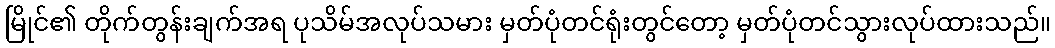
မြိုင်၏ တိုက်တွန်းချက်အရ ပုသိမ်အလုပ်သမား မှတ်ပုံတင်ရုံးတွင်တော့ မှတ်ပုံတင်သွားလုပ်ထားသည်။